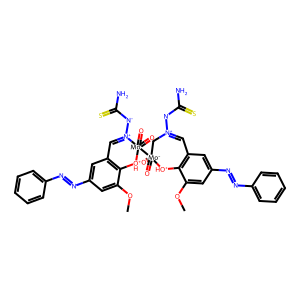
SMILES: COc1cc(N=Nc2ccccc2)cc2c1[OH+][Mo-](=O)(=O)([Mo-]1(=O)(=O)[OH+]c3c(cc(N=Nc4ccccc4)cc3OC)C=[N+]1[N-]C(N)=S)C[N+]([N-]C(N)=S)=C2
Inhibits HIV replication: No